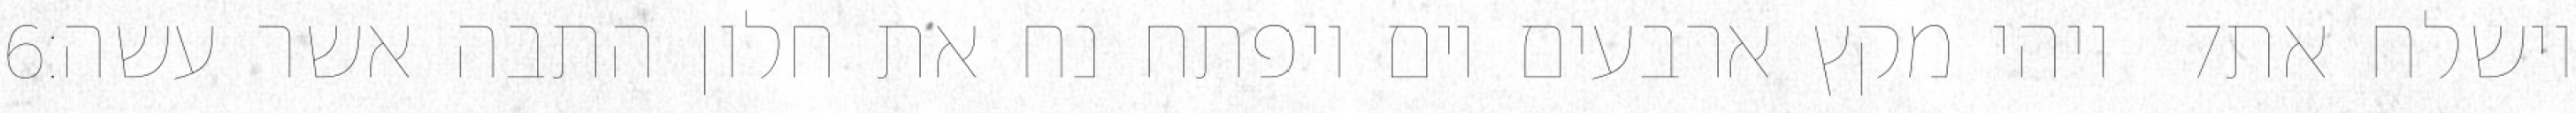
‎6‏ ויהי מקץ ארבעים יום ויפתח נח את חלון התבה אשר עשה׃ ‎7‏ וישלח את